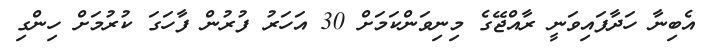
އެބިނާ ހަދާފައިވަނީ ރާއްޖޭގެ މިނިވަންކަމަށް 30 އަހަރު ފުރުން ފާހަގަ ކުރުމަށް ހިންގި